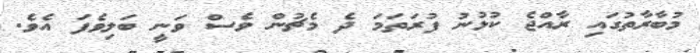
މުބާރާތުގައި ރާއްޖެ ކުޅުނު ފުރަތަމަ ދެ މެޗުން ވެސް ވަނީ ބަލިވެފަ އެވެ.